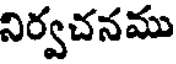
నిర్వచనము